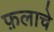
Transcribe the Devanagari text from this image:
फ़लाचे